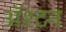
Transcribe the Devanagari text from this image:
ॲश्टन